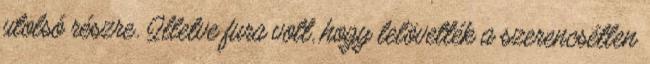
utolsó részre. Illetve fura volt, hogy lelövették a szerencsétlen